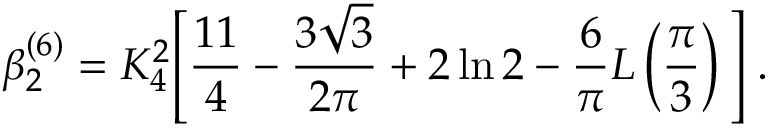
\beta _ { 2 } ^ { ( 6 ) } = K _ { 4 } ^ { 2 } \Bigg [ \frac { 1 1 } { 4 } - \frac { 3 \sqrt { 3 } } { 2 \pi } + 2 \ln 2 - \frac { 6 } { \pi } L \left( \frac { \pi } { 3 } \right) \Bigg ] \; .